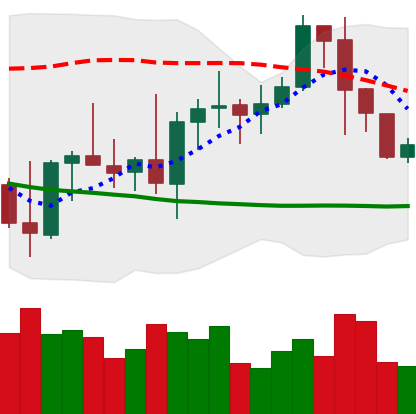
Ticker: BNB-USD
Chart end date: 2022-10-09
Forward return: -3.116%
Label: down_3_5